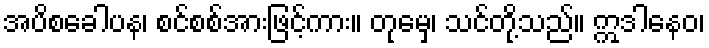
အပိစခေါပန၊ စင်စစ်အားဖြင့်ကား။ တုမှေ၊ သင်တို့သည်။ ဣဒါနေဝ၊